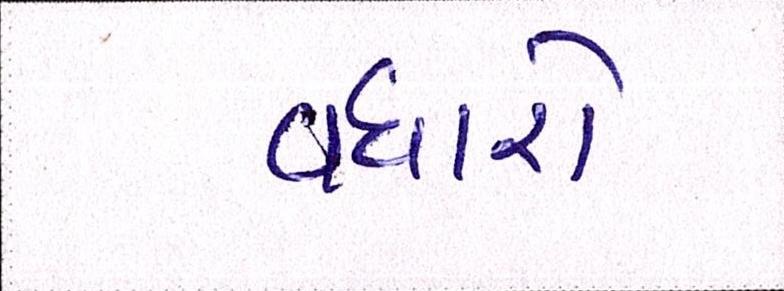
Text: વધારો